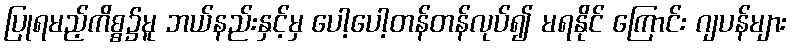
ပြုရမည့်ကိစ္စ၌မူ ဘယ်နည်းနှင့်မှ ပေါ့ပေါ့တန်တန်လုပ်၍ မရနိုင် ကြောင်း ဂျပန်များ